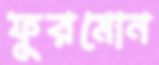
ফুরমোন